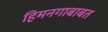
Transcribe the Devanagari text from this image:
हिमनगाबाबत